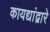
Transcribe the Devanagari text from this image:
कायद्यांद्वारे